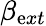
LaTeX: \beta_{\mathrm{e}xt}